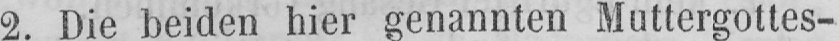
2. Die beiden hier genannten Muttergottes-